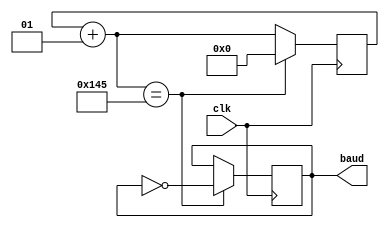
`timescale 1ns / 1ps
//////////////////////////////////////////////////////////////////////////////////
// Company: 
// Engineer: 
// 
// Design Name: 
// Module Name: baudrate_gen
// Project Name: 
// Target Devices: 
// Tool Versions: 
// Description: 
// 
// Dependencies: 
// 
// Revision:
// Revision 0.01 - File Created
// Additional Comments:
// 
//////////////////////////////////////////////////////////////////////////////////


module baudrate_gen(
    input clk,
    output reg baud
    );
    
    integer counter;
    always @(posedge clk) begin
        counter = counter + 1;
        if (counter == 325) begin counter = 0; baud = ~baud; end 
        // Clock = 10ns
        // ClockFreq = 1/10ns = 100 MHz
        // Baudrate = 9600
        // counter = ClockFreq/Baudrate/16/2
        // sampling every 16 ticks
    end
    
endmodule